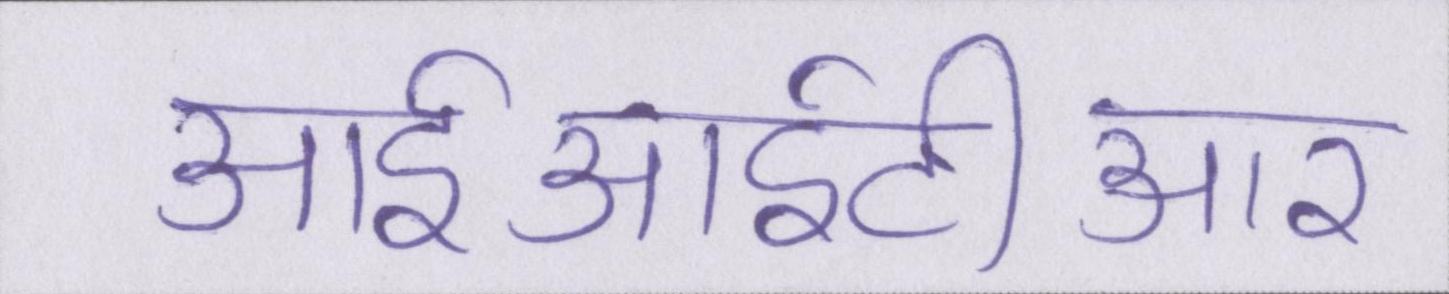
आईआईटीआर